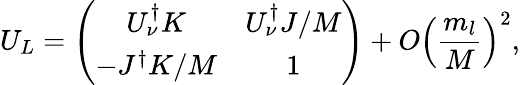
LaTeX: U_{L}=\left(\begin{array}{cc}{{U_{\nu}^{\dagger}K}}&{{U_{\nu}^{\dagger}J/M}}\\ {{-J^{\dagger}K/M}}&{{1}}\end{array}\right)+O\left(\frac{m_{l}}{M}\right)^{2},